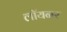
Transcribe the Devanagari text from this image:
लॉयनर